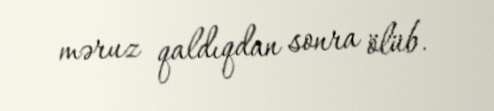
məruz qaldıqdan sonra ölüb.